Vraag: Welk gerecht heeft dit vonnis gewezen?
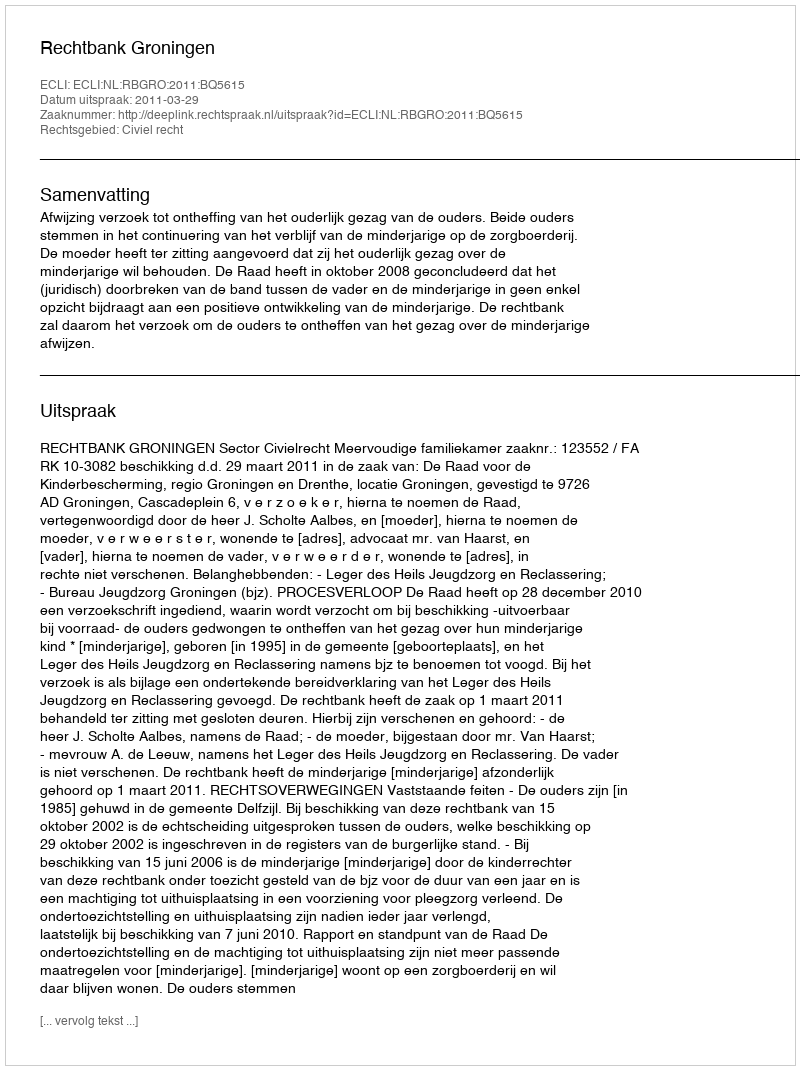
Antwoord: Rechtbank Groningen